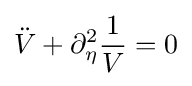
{\ddot {V}}+\partial _{\eta }^{2}{\frac {1}{V}}=0